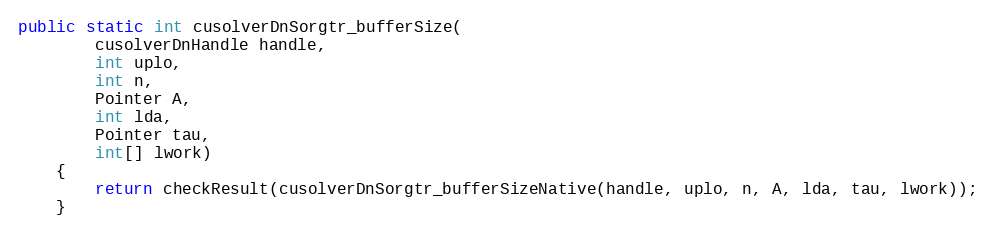
Language: Java
public static int cusolverDnSorgtr_bufferSize(
        cusolverDnHandle handle,
        int uplo,
        int n,
        Pointer A,
        int lda,
        Pointer tau,
        int[] lwork)
    {
        return checkResult(cusolverDnSorgtr_bufferSizeNative(handle, uplo, n, A, lda, tau, lwork));
    }